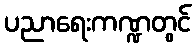
ပညာရေးကဏ္ဍတွင်